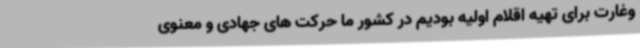
وغارت برای تهیه اقلام اولیه بودیم در کشور ما حرکت های جهادی و معنوی